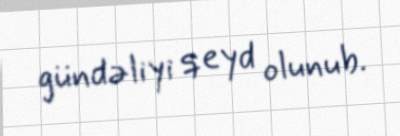
gündəliyi qeyd olunub.